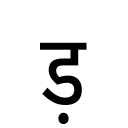
OCR:
ड़